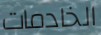
الخادمات